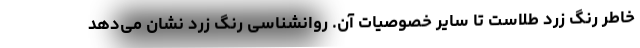
خاطر رنگ زرد طلاست تا سایر خصوصیات آن. روانشناسی رنگ زرد نشان می‌دهد